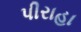
પીરાહા